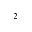
^ 2